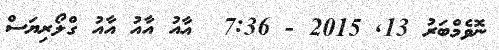
ނޮވެމްބަރު 13